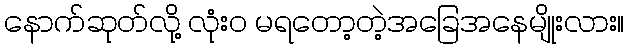
နောက်ဆုတ်လို့ လုံး၀ မရတော့တဲ့အခြေအနေမျိုးလား။